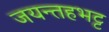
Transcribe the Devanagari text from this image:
जयन्तहभट्ट